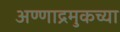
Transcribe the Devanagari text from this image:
अण्णाद्रमुकच्या